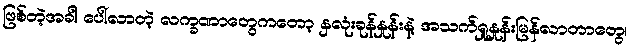
ဖြစ်တဲ့အခါ ပေါ်လာတဲ့ လက္ခဏာတွေကတော့ နှလုံးခုန်နှုန်းနဲ့ အသက်ရှုနှုန်းမြန်လာတာတွေ၊